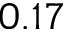
0 . 1 7